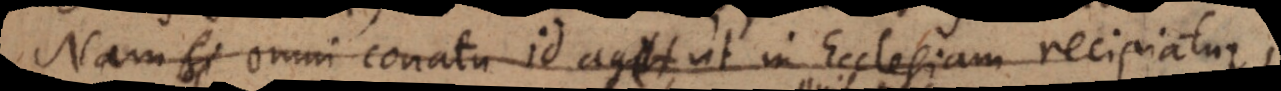
Nam si omni conatu id aget, ut in Ecclesiam recipiatur,